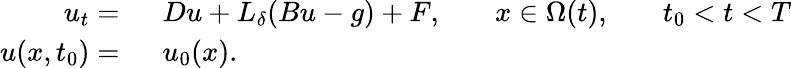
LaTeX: \begin{array}{rlrlrl}{u_{t}=\ }&{{}Du+L_{\delta}(Bu-g)+F,}&{}&{{}x\in\Omega(t),}&{}&{{}t_{0}<t<T}\\ {u(x,t_{0})=\ }&{{}u_{0}(x).}\end{array}